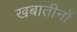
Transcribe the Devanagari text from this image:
खबातीनों